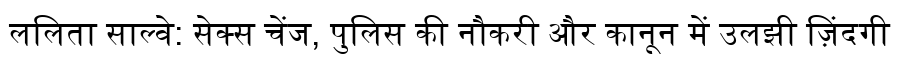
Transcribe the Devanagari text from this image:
ललिता साल्वे: सेक्स चेंज, पुलिस की नौकरी और कानून में उलझी ज़िंदगी